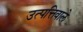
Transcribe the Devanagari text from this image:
उत्पत्तिवाले